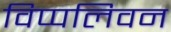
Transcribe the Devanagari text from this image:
विप्पलिवन